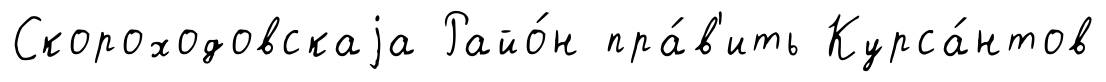
Скороходовскаjа Райо́н пра́в'ить Курса́нтов